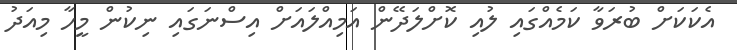
އެކަކަށް ބުރަވާ ކަމެއްގައި ލުއި ކޮށްލަދޭން އަމިއްލަައަށް އިސްނަގައި ނިކުން މީހާ މިއަދު